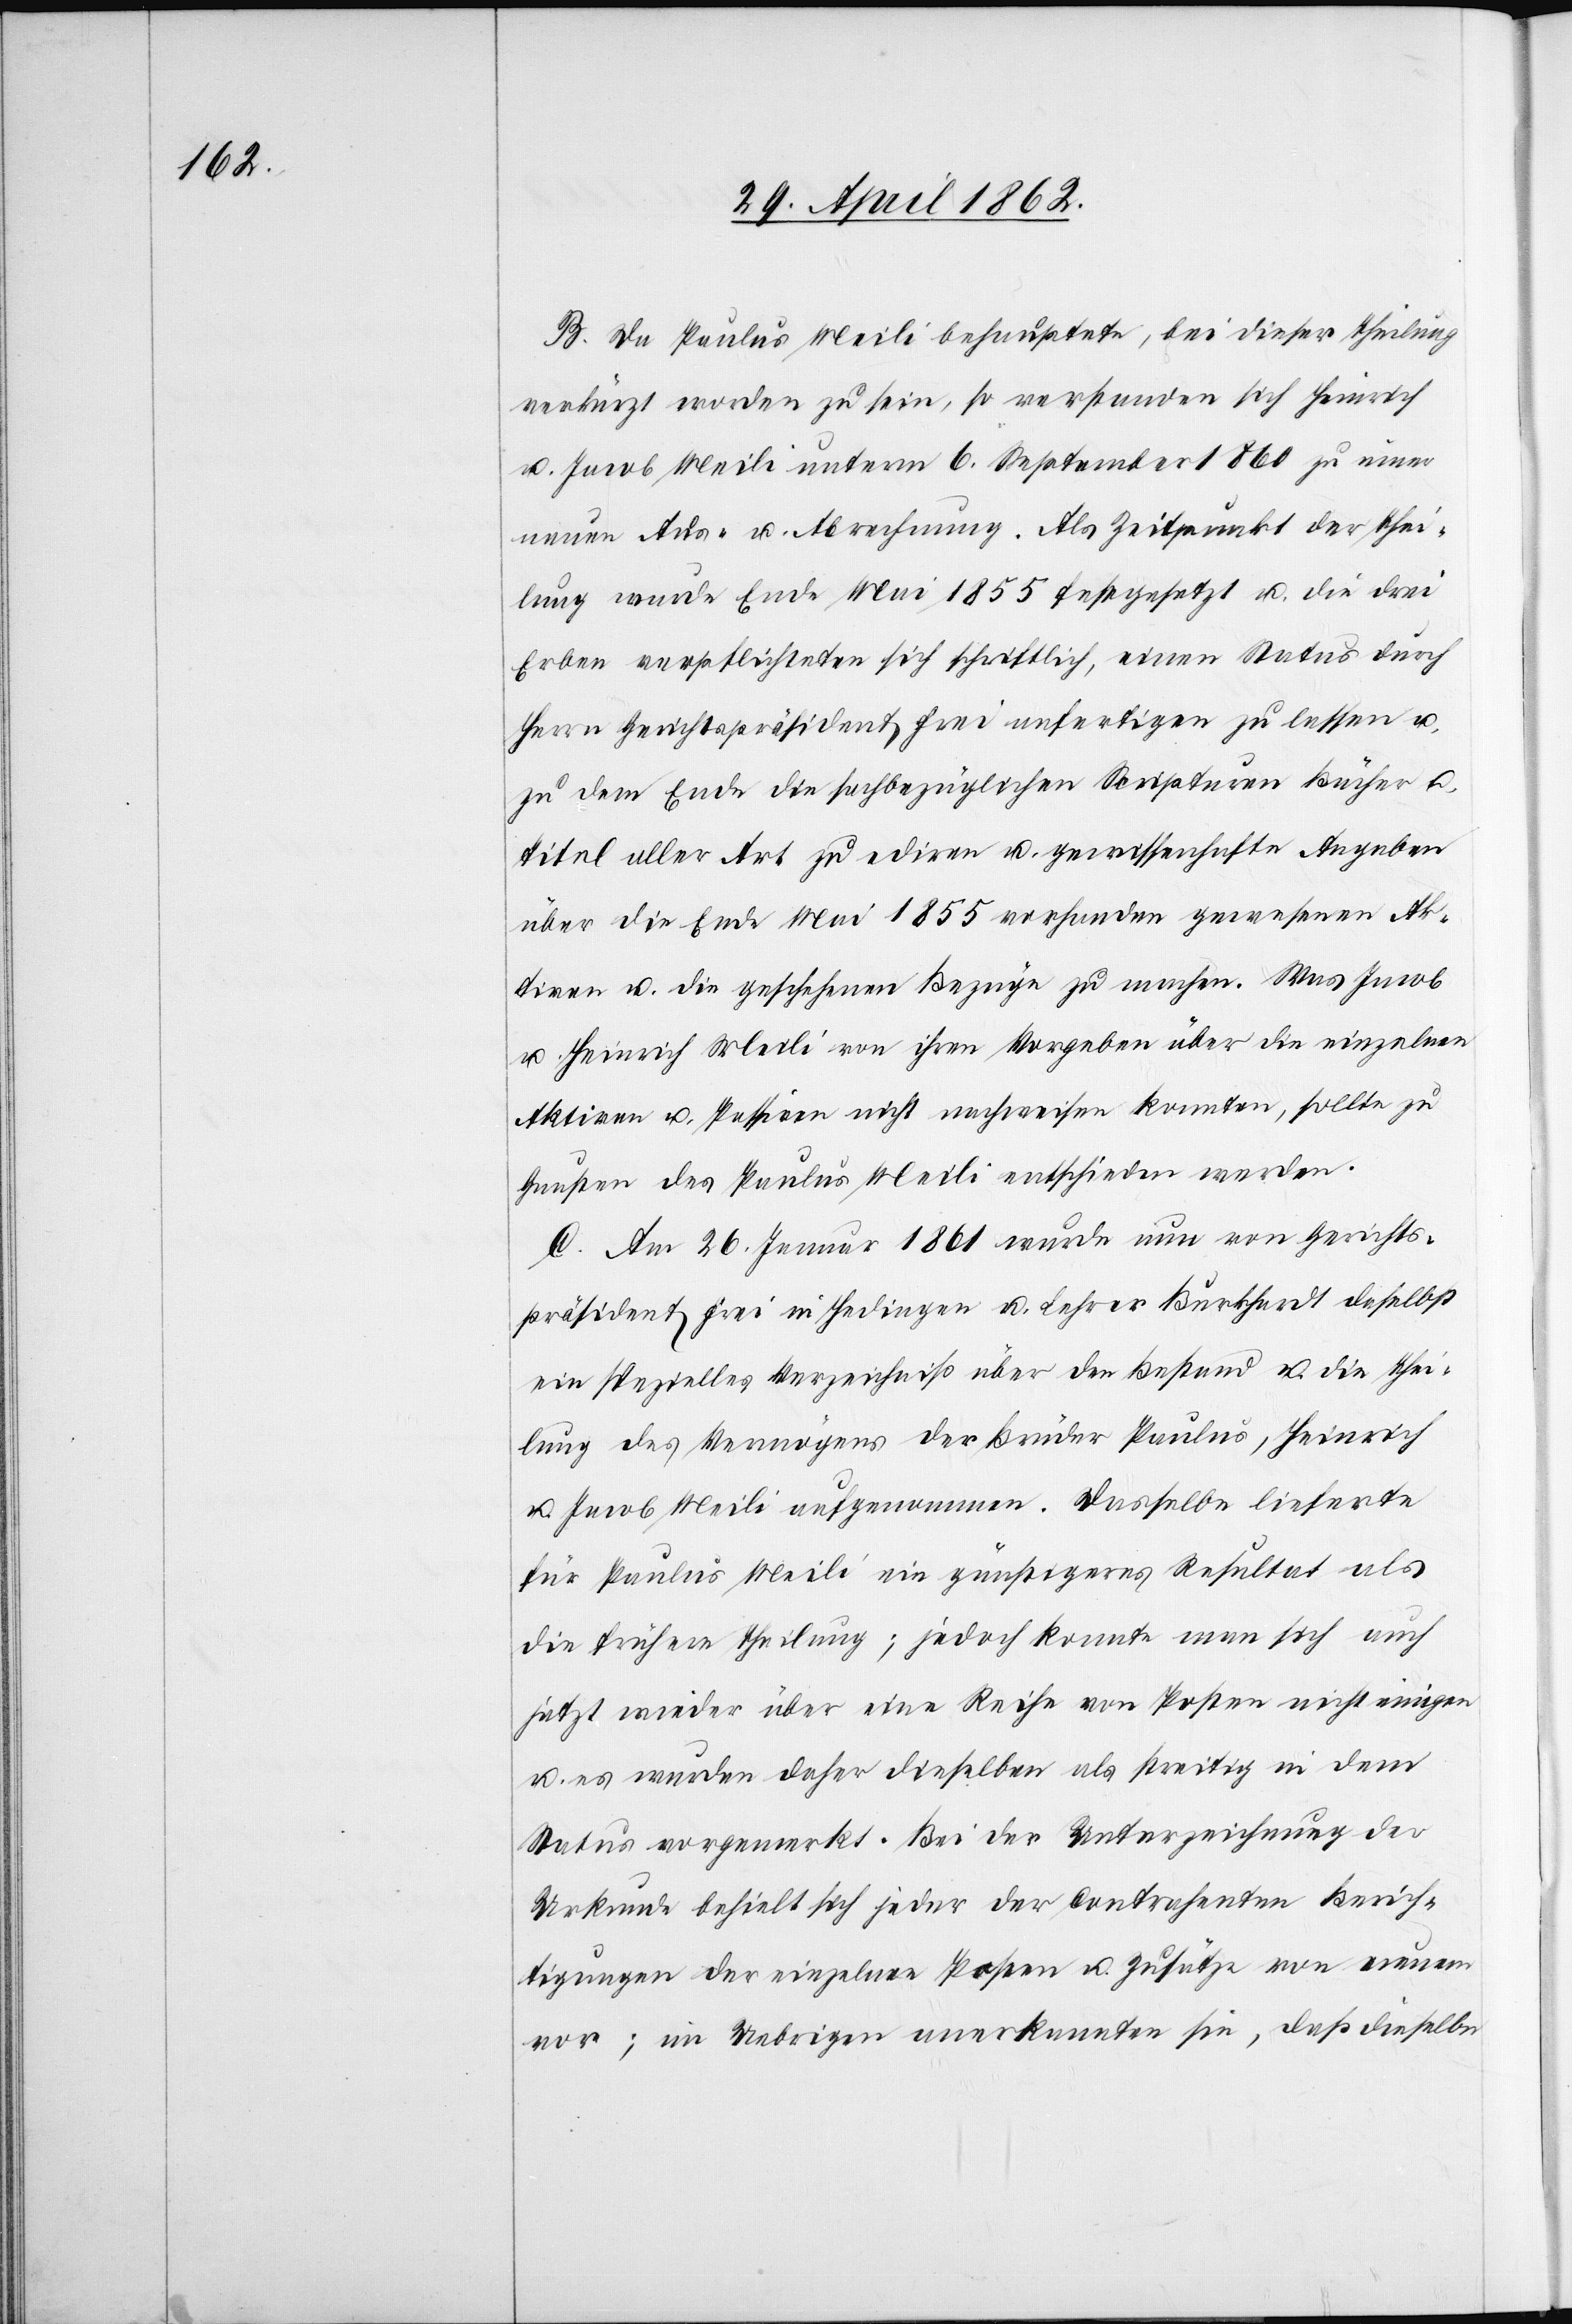
B. Da Paulus Meili behauptete, bei dieser Theilung
verkürzt worden zu sein, so verstanden sich Heinrich
u. Jacob Meili unterm 6. September 1860 zu einer
neuen Aus- u. Abrechnung. Als Zeitpunkt der Thei¬
lung wurde Ende Mai 1855 festgesetzt u. die drei
Erben verpflichteten sich schriftlich, einen Status durch
Herrn Gerichtspräsident Frei anfertigen zu lassen u.
zu dem Ende die sachbezüglichen Scripturen Bücher u.
Titel aller Art zu ediren u. gewissenhafte Angaben
über die Ende Mai 1855 vorhanden gewesenen Ak¬
tiven u. die geschehenen Bezüge zu machen. Was Jacob
u. Heinrich Meili von ihren Vorgaben über die einzelnen
Aktiven u. Passiven nicht nachweisen konnten, sollte zu
Gunsten des Paulus Meili entschieden werden.
C. Am 26. Januar 1861 wurde nun von Gerichts¬
präsident Frei in Hedingen u. Lehrer Burkhardt daselbst
ein spezielles Verzeichniß über den Bestand u. die Thei¬
lung des Vermögens der Brüder Paulus, Heinrich
u. Jacob Meili aufgenommen. Dasselbe lieferte
für Paulus Meili ein günstigeres Resultat als
die frühere Theilung; jedoch konnte man sich auch
jetzt wieder über eine Reihe von Posten nicht einigen
u. es wurden daher dieselben als streitig in dem
Status vorgemerkt. Bei der Unterzeichnung der
Urkunde behielt sich jeder der Contrahenten Berich¬
tigungen der einzelnen Posten u. Zusätze von neuem
vor; im Uebrigen anerkannten sie, daß dieselbe